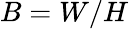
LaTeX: B=W/H